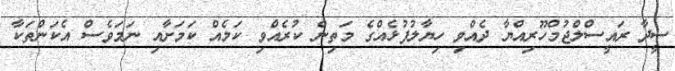
ސީދާ ރައީސްލްޖުމްހޫރިއްޔާ ދެއްވި ހިޔާލުފުޅެއްގެ މަތިން ކުރެއްވި ކަމެއް ކަމަށާއި ނަމަވެސް އެކަންތަކާ